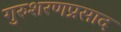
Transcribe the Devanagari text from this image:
गुरुशरणप्रसाद